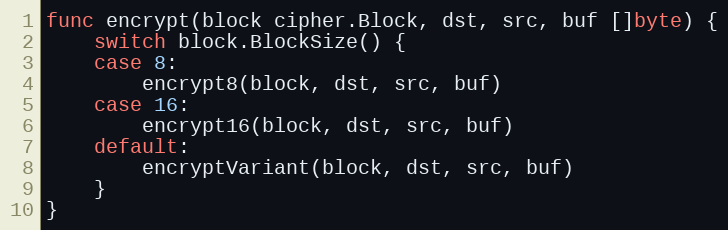
Language: Go
func encrypt(block cipher.Block, dst, src, buf []byte) {
	switch block.BlockSize() {
	case 8:
		encrypt8(block, dst, src, buf)
	case 16:
		encrypt16(block, dst, src, buf)
	default:
		encryptVariant(block, dst, src, buf)
	}
}